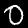
Digit: 0